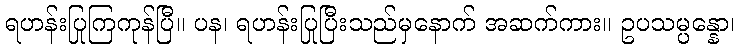
ရဟန်းပြုကြကုန်ပြီ။ ပန၊ ရဟန်းပြုပြီးသည်မှနောက် အဆက်ကား။ ဥပသမ္ပန္နော၊